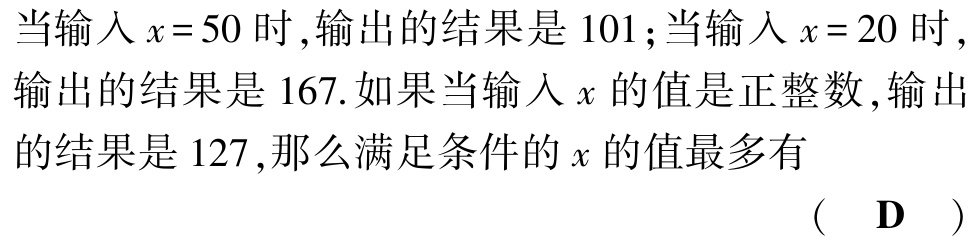
当输入\(x = 50\)时,输出的结果是\(101\);当输入\(x = 20\)时,输出的结果是\(167\).如果当输入\(x\)的值是正整数, 输出的结果是\(127\),那么满足条件的\(x\)的值最多有

( D )